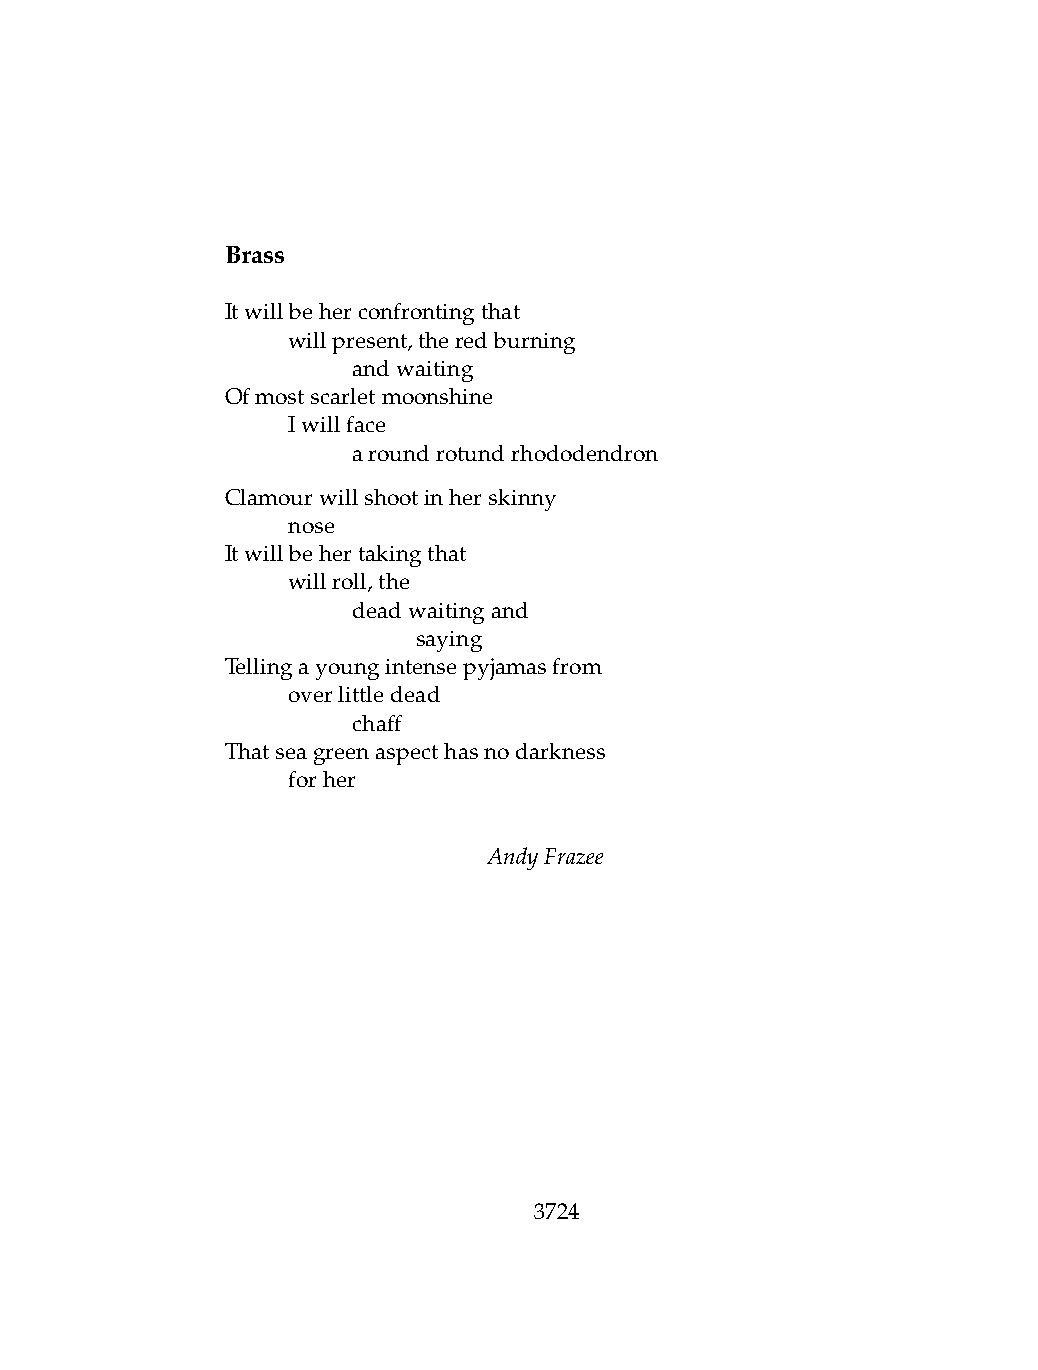
Brass
 Itwillbeherconfrontingthat
 .   willpresent,theredburning
 .   .   andwaiting
 Ofmostscarletmoonshine
 .   Iwillface
 .   .   aroundrotundrhododendron
 Clamourwillshootinherskinny
 .   nose
 Itwillbehertakingthat
 .   willroll,the
 .   .   deadwaitingand
 .   .   .    saying
 Tellingayoungintensepyjamasfrom
 .   overlittledead
 .   .   chaff
 Thatseagreenaspecthasnodarkness
 .   forher
 AndyFrazee
 3724